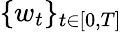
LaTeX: \{ w_{t}\} _{t\in[0,T]}